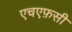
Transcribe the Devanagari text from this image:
एचएफ़सी